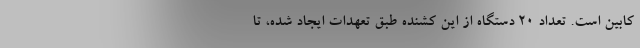
کابین است. تعداد ۲۰ دستگاه از این کشنده طبق تعهدات ایجاد شده، تا